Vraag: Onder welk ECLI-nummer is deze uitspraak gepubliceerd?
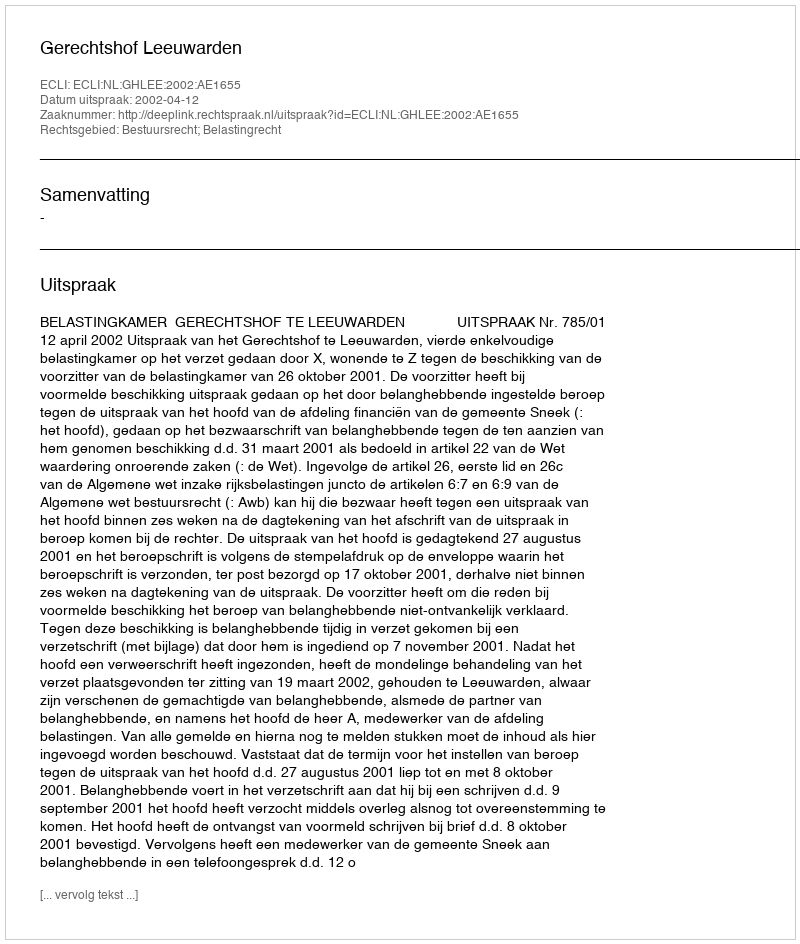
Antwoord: ECLI:NL:GHLEE:2002:AE1655